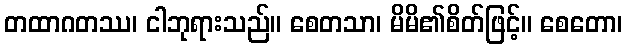
တထာဂတဿ၊ ငါဘုရားသည်။ စေတသာ၊ မိမိ၏စိတ်ဖြင့်။ စေတော၊